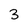
Character: 3